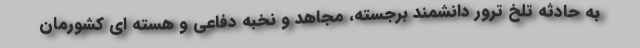
به حادثه تلخ ترور دانشمند برجسته، مجاهد و نخبه دفاعی و هسته ای کشورمان